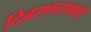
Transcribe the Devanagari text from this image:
दिवसभरासाठी